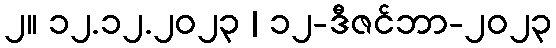
၂။ ၁၂.၁၂.၂၀၂၃ | ၁၂-ဒီဇင်ဘာ-၂၀၂၃